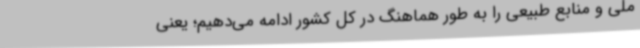
ملی و منابع طبیعی را به طور هماهنگ در کل کشور ادامه می‌دهیم؛ یعنی